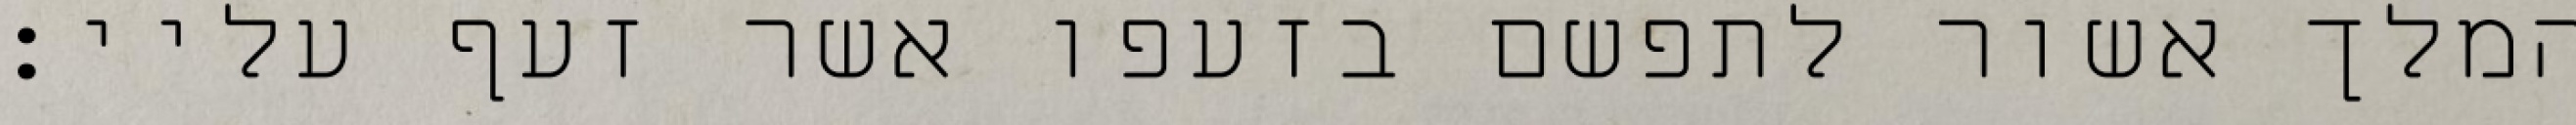
המלך אשור לתפשם בזעפו אשר זעף עליי: